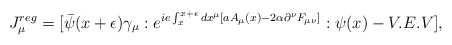
\begin{align*}J_\mu^{reg} = [\bar\psi(x+\epsilon)\gamma_\mu:e^{ ie\int_x^{x+\epsilon}dx^\mu[aA_\mu(x) - 2\alpha\partial^\nu F_{\mu\nu}]}:\psi(x) -V.E.V],\end{align*}